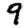
Digit: 9